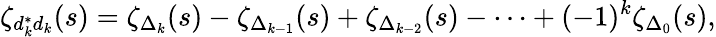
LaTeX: \zeta_{d_{k}^{*}d_{k}}(s)=\zeta_{\Delta_{k}}(s)-\zeta_{\Delta_{k-1}}(s)+\zeta_{\Delta_{k-2}}(s)-\cdots+(-1)^{k}\zeta_{\Delta_{0}}(s),